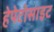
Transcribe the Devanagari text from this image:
हेपेटोसाइट